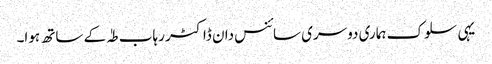
یہی سلوک ہماری دوسری سائنس دان ڈاکٹر رہاب طہٰ کے ساتھ ہوا۔